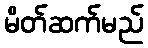
မိတ်ဆက်မည်